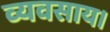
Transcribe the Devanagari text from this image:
व्यवसाय।